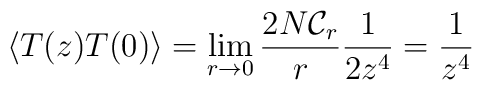
\langle T(z)T(0)\rangle = \lim_{r\rightarrow 0}\frac{2N{\cal C}_r}{r}\frac{1}{2z^4} =\frac{1}{z^4}